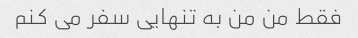
فقط من من به تنهایی سفر می کنم